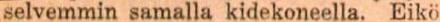
selvemmin samalla kidekoneella. Eikö